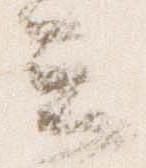
云